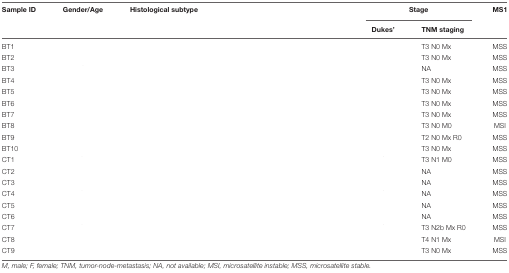
<table><thead><tr><td><b>Sample ID</b></td><td><b>Gender/Age</b></td><td><b>Histological subtype</b></td><td colspan="2"><b>Stage</b></td><td><b>MS1</b></td></tr><tr><td>[EMPTY_CELL]</td><td>[EMPTY_CELL]</td><td>[EMPTY_CELL]</td><td><b>Dukes’</b></td><td><b>TNM staging</b></td><td>[EMPTY_CELL]</td></tr></thead><tbody><tr><td>BT1</td><td>[EMPTY_CELL]</td><td>[EMPTY_CELL]</td><td>[EMPTY_CELL]</td><td>T3 N0 Mx</td><td>MSS</td></tr><tr><td>BT2</td><td>[EMPTY_CELL]</td><td>[EMPTY_CELL]</td><td>[EMPTY_CELL]</td><td>T3 N0 Mx</td><td>MSS</td></tr><tr><td>BT3</td><td>[EMPTY_CELL]</td><td>[EMPTY_CELL]</td><td>[EMPTY_CELL]</td><td>NA</td><td>MSS</td></tr><tr><td>BT4</td><td>[EMPTY_CELL]</td><td>[EMPTY_CELL]</td><td>[EMPTY_CELL]</td><td>T3 N0 Mx</td><td>MSS</td></tr><tr><td>BT5</td><td>[EMPTY_CELL]</td><td>[EMPTY_CELL]</td><td>[EMPTY_CELL]</td><td>T3 N0 Mx</td><td>MSS</td></tr><tr><td>BT6</td><td>[EMPTY_CELL]</td><td>[EMPTY_CELL]</td><td>[EMPTY_CELL]</td><td>T3 N0 Mx</td><td>MSS</td></tr><tr><td>BT7</td><td>[EMPTY_CELL]</td><td>[EMPTY_CELL]</td><td>[EMPTY_CELL]</td><td>T3 N0 Mx</td><td>MSS</td></tr><tr><td>BT8</td><td>[EMPTY_CELL]</td><td>[EMPTY_CELL]</td><td>[EMPTY_CELL]</td><td>T3 N0 M0</td><td>MSI</td></tr><tr><td>BT9</td><td>[EMPTY_CELL]</td><td>[EMPTY_CELL]</td><td>[EMPTY_CELL]</td><td>T2 N0 Mx R0</td><td>MSS</td></tr><tr><td>BT10</td><td>[EMPTY_CELL]</td><td>[EMPTY_CELL]</td><td>[EMPTY_CELL]</td><td>T3 N0 Mx</td><td>MSS</td></tr><tr><td>CT1</td><td>[EMPTY_CELL]</td><td>[EMPTY_CELL]</td><td>[EMPTY_CELL]</td><td>T3 N1 M0</td><td>MSS</td></tr><tr><td>CT2</td><td>[EMPTY_CELL]</td><td>[EMPTY_CELL]</td><td>[EMPTY_CELL]</td><td>NA</td><td>MSS</td></tr><tr><td>CT3</td><td>[EMPTY_CELL]</td><td>[EMPTY_CELL]</td><td>[EMPTY_CELL]</td><td>NA</td><td>MSS</td></tr><tr><td>CT4</td><td>[EMPTY_CELL]</td><td>[EMPTY_CELL]</td><td>[EMPTY_CELL]</td><td>NA</td><td>MSS</td></tr><tr><td>CT5</td><td>[EMPTY_CELL]</td><td>[EMPTY_CELL]</td><td>[EMPTY_CELL]</td><td>NA</td><td>MSS</td></tr><tr><td>CT6</td><td>[EMPTY_CELL]</td><td>[EMPTY_CELL]</td><td>[EMPTY_CELL]</td><td>NA</td><td>MSS</td></tr><tr><td>CT7</td><td>[EMPTY_CELL]</td><td>[EMPTY_CELL]</td><td>[EMPTY_CELL]</td><td>T3 N2b Mx R0</td><td>MSS</td></tr><tr><td>CT8</td><td>[EMPTY_CELL]</td><td>[EMPTY_CELL]</td><td>[EMPTY_CELL]</td><td>T4 N1 Mx</td><td>MSI</td></tr><tr><td>CT9</td><td>[EMPTY_CELL]</td><td>[EMPTY_CELL]</td><td>[EMPTY_CELL]</td><td>T3 N0 Mx</td><td>MSS</td></tr></tbody></table>